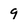
Character: 9